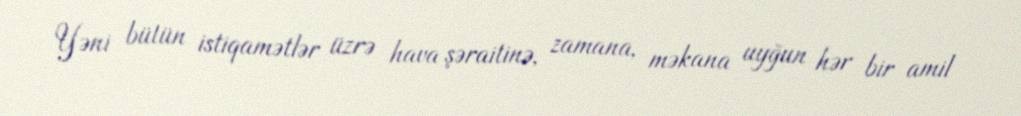
Yəni bütün istiqamətlər üzrə hava şəraitinə, zamana, məkana uyğun hər bir amil